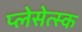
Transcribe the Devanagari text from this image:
प्लेसेत्स्क